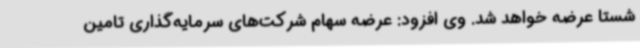
شستا عرضه خواهد شد. وی افزود: عرضه سهام شرکت‌های سرمایه‌گذاری تامین